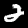
Digit: 2